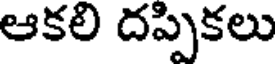
ఆకలి దప్పికలు